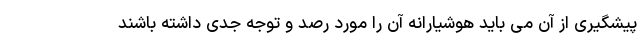
پیشگیری از آن می باید هوشیارانه آن را مورد رصد و توجه جدی داشته باشند